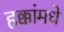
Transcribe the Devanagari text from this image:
हक्कांमधे